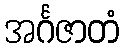
အင်္ဂဇာတံ